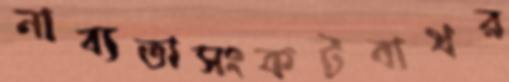
নাব্যতাসংকটবাথর